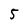
Character: 5